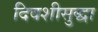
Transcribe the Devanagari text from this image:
दिवशीसुद्धा